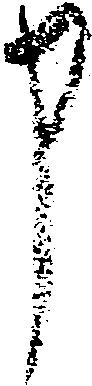
申